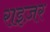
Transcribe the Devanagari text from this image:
राइज़र